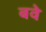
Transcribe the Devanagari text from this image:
बवे